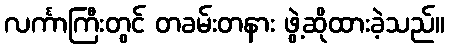
လင်္ကာကြီးတွင် တခမ်းတနား ဖွဲ့ဆိုထားခဲ့သည်။